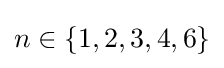
n\in \{1,2,3,4,6\}